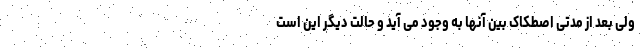
ولی بعد از مدتی اصطکاک بین آنها به وجود می آید و حالت دیگر این است